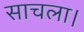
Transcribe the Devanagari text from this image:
साचला।